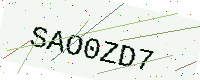
Text: SAO0ZD7